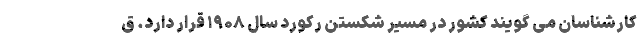
کارشناسان می گویند کشور در مسیر شکستن رکورد سال ۱۹۰۸ قرار دارد. ق